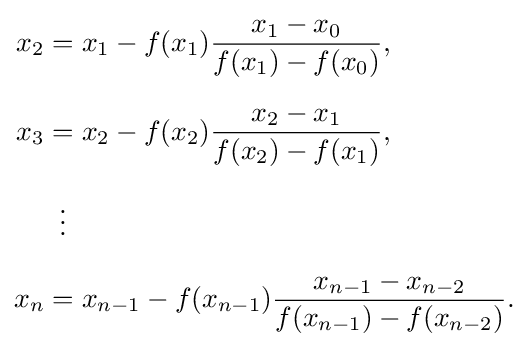
{\begin{aligned}x_{2}&=x_{1}-f(x_{1}){\frac {x_{1}-x_{0}}{f(x_{1})-f(x_{0})}},\\[6pt]x_{3}&=x_{2}-f(x_{2}){\frac {x_{2}-x_{1}}{f(x_{2})-f(x_{1})}},\\[6pt]&\,\,\,\vdots \\[6pt]x_{n}&=x_{n-1}-f(x_{n-1}){\frac {x_{n-1}-x_{n-2}}{f(x_{n-1})-f(x_{n-2})}}.\end{aligned}}